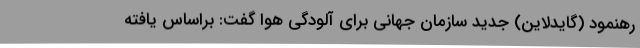
رهنمود (گایدلاین) جدید سازمان جهانی برای آلودگی هوا گفت: براساس یافته